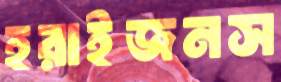
হরাইজনস